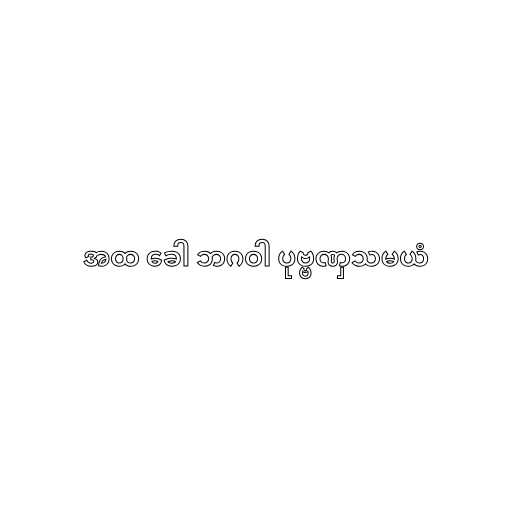
အထ ခေါ ဘဂဝါ ပုဗ္ဗဏှသမယံ